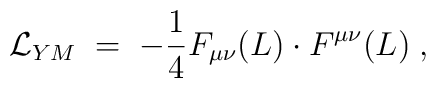
{\cal L}_{YM} \;=\; - \frac{1}{4} F_{\mu \nu}(L) \cdot F^{\mu \nu}(L) \;,